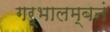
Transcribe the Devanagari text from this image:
गर्भालम्बनं